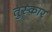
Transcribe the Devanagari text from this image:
तुस्कार